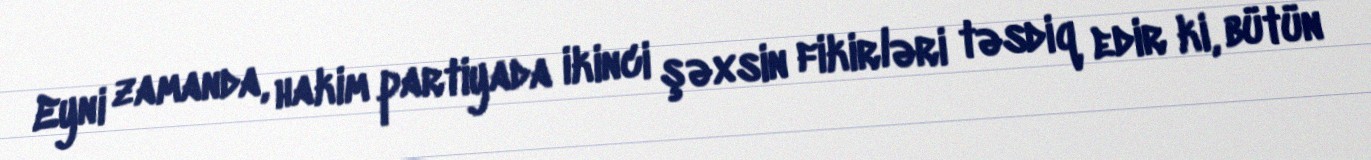
Eyni zamanda, hakim partiyada ikinci şəxsin fikirləri təsdiq edir ki, bütün